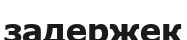
задержек